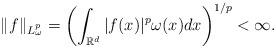
LaTeX: \begin{align*}\|f\|_{L^p_\omega}=\left(\int_{\mathbb R^d}|f(x)|^p\omega(x)dx\right)^{1/p}<\infty.\end{align*}